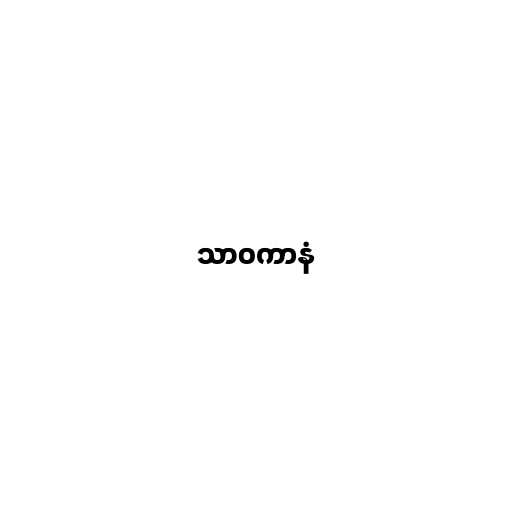
သာဝကာနံ